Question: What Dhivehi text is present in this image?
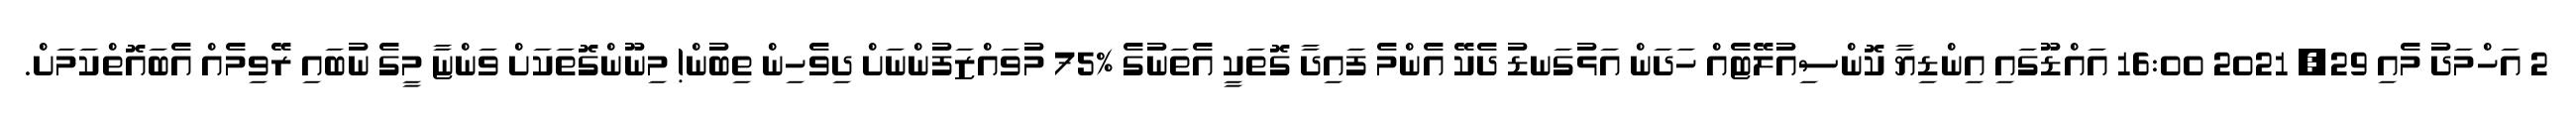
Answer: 2 އަހްމަދު މެއި 29, 2021 16:00 އައްޑޫގައި އިންޑިޔާ ކޮންސިއުލޭޓެއް ހަދަން އަޅުގަނޑު ދެކޭ އެންމެ ފައިދާ ގޮތަކީ އެތަނުގެ %75 މުވައްޒަފުންނަށް ދިވެހިން ތިބުން! މިނޫންގޮތަކަށް ވަންޏާ މީގެ ނުބައި ރޭވިމެއް އެބައޮތްކަމަށް.